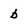
Character: b